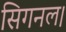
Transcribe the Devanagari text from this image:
सिगनल।